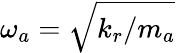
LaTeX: \omega_{a}=\sqrt{k_{r}/m_{a}}